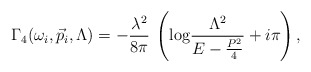
\begin{align*}\Gamma_4(\omega_i, \vec{p}_i,\Lambda)=- \frac{\lambda^2}{8 \pi} \: \left( \mbox{log} \frac{\Lambda^2}{E-\frac{P^2}{4}} + i \pi \right),\end{align*}